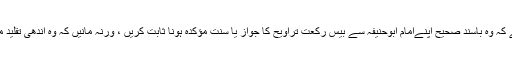
آل تقلید پر لازم ہے کہ وہ باسندِ صحیح اپنےامام ابوحنیفہ سے بیس رکعت تراویح کا جواز یا سنتِ مؤکدہ ہونا ثابت کریں ، ورنہ مانیں کہ وہ اندھی تقلید میں سر گرداں ہیں ۔